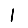
Digit: 1